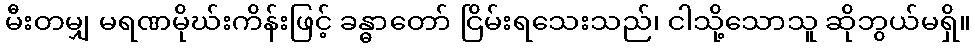
မီးတမျှ မရဏမိုဃ်းကိန်းဖြင့် ခန္ဓာတော် ငြိမ်းရသေးသည်၊ ငါသို့သောသူ ဆိုဘွယ်မရှိ။